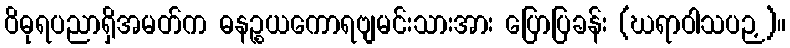
ဝိဓုရပညာရှိအမတ်က ဓနဉ္စယကောရဗျမင်းသားအား ပြောပြခန်း (ဃရာဝါသပဉှ)။